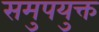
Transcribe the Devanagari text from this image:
समुपयुक्त